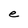
Character: e